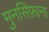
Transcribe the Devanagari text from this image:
मुनसिफ़ाना